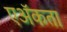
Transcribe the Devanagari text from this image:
एॲकता